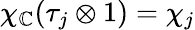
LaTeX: \chi_{\mathbb{C}}(\tau_{j}\otimes 1)=\chi_{j}